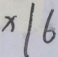
x \vert 6